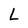
Character: L